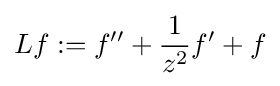
Lf:=f''+{\frac {1}{z^{2}}}f'+f